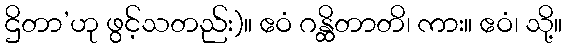
ဌိတာ’ဟု ဖွင့်သတည်း)။ ဧဝံ ဂန္ထိတာတိ၊ ကား။ ဧဝံ၊ သို့။